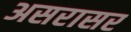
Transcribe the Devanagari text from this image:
असरासर